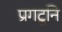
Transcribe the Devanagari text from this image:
प्रगटूनि